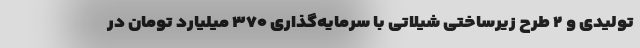
تولیدی و ۲ طرح زیرساختی شیلاتی با سرمایه‌گذاری ۳۷۰ میلیارد تومان در